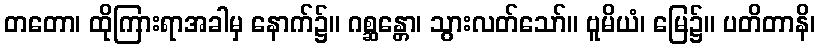
တတော၊ ထိုကြားရာအခါမှ နောက်၌။ ဂစ္ဆန္တော၊ သွားလတ်သော်။ ဗူမိယံ၊ မြေ၌။ ပတိတာနိ၊